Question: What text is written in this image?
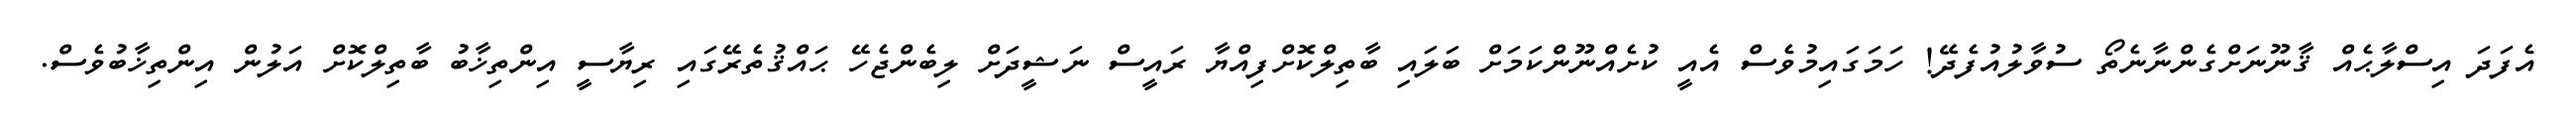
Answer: އެފަދަ އިސްލާޙެއް ޤާނޫނަށްގެންނާނެތޯ ސުވާލުއުފެދޭ! ހަމަގައިމުވެސް އެއީ ކުށެއްނޫންކަމަށް ބަލައި ބާތިލްކޮށްފިއްޔާ ރައީސް ނަޝީދަށް ލިބެންޖެހޭ ޙައްޤުތެރޭގައި ރިޔާސީ އިންތިޚާބު ބާތިލްކޮށް އަލުން އިންތިޚާބުވެސް.